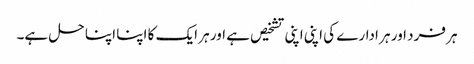
ہر فرد اور ہر ادارے کی اپنی اپنی تشخیص ہے اور ہر ایک کا اپنا اپنا حل ہے۔